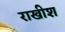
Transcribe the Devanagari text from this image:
राखीश